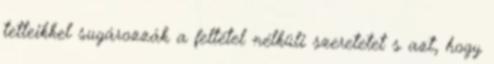
tetteikkel sugározzák a feltétel nélküli szeretetet s azt, hogy